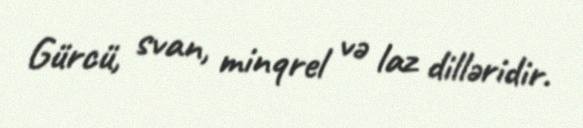
Gürcü, svan, minqrel və laz dilləridir.